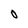
Character: O